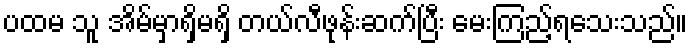
ပထမ သူ အိမ်မှာရှိမရှိ တယ်လီဖုန်းဆက်ပြီး မေးကြည့်ရသေးသည်။